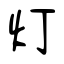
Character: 灯